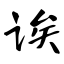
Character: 诶